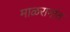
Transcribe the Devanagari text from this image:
माळरानांत